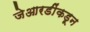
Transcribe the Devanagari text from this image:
जेआरडींकडून